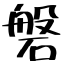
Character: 磐